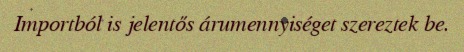
Importból is jelentős árumennyiséget szereztek be.